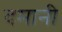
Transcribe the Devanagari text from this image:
दमानी